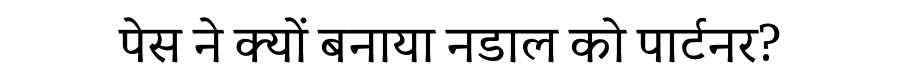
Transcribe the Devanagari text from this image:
पेस ने क्यों बनाया नडाल को पार्टनर?